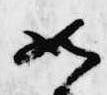
如